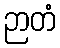
ဉာတံ